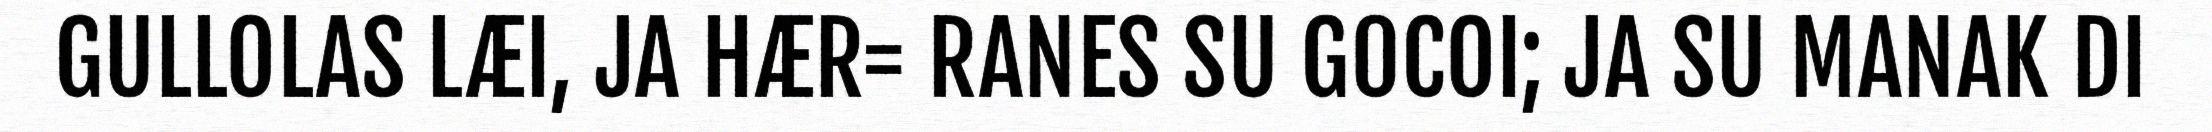
GULLOLAS LÆI, JA HÆR= RANES SU G0COI; JA SU MANAK DI